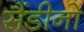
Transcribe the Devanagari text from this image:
सैंडीनो